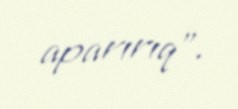
aparırıq”.